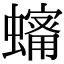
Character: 𧒠